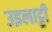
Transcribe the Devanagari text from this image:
उइलाट्टी